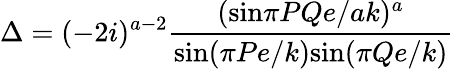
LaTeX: \Delta=(-2i)^{a-2}\frac{(\mathrm{sin}\pi PQe/ak)^{a}}{\mathrm{sin}(\pi Pe/k)\mathrm{sin}(\pi Qe/k)}